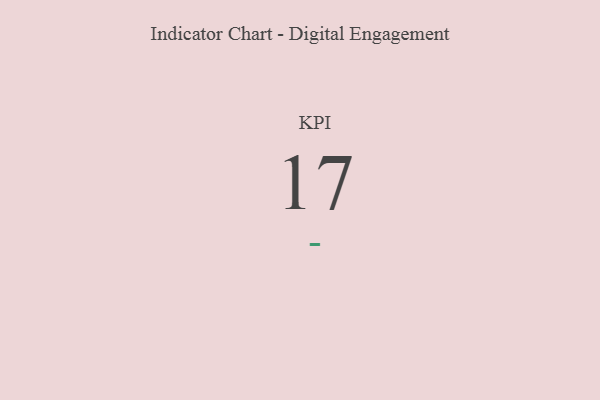
{"axis": {"x": "KPI", "y": "Value"}, "legend": [""], "data": [{"x": "KPI", "y": 17, "type": ""}]}